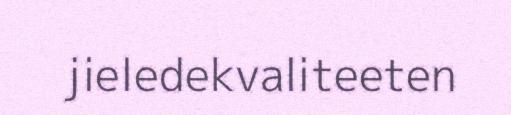
jieledekvaliteeten